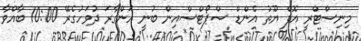
މިނިސްޓްރީ އޮފް ޔޫތު އެންޑް ސްޕޯޓްސްއިން ބުނީ އަންގާރަ ދުވަހުގެރޭ 10:00 ބާއްވާ